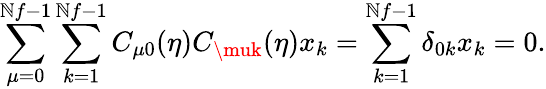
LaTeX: \sum_{\mu=0}^{\mathbb{N}f-1}\sum_{k=1}^{\mathbb{N}f-1}C_{\mu0}(\eta)C_{\muk}(\eta)x_{k}=\sum_{k=1}^{\mathbb{N}f-1}\delta_{0k}x_{k}=0.